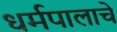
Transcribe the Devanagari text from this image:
धर्मपालाचे